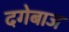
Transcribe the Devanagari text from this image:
दगेबाज